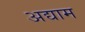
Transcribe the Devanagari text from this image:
अद्याम